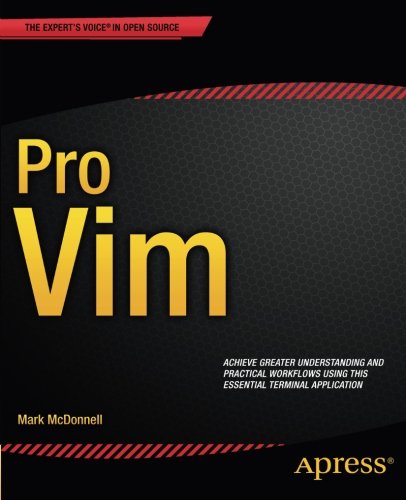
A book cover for Pro Vim; Mark McDonnell; Computers & Technology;